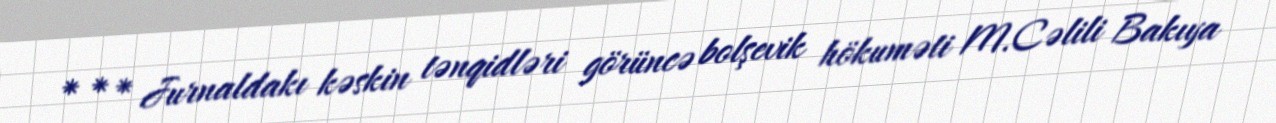
* * * Jurnaldakı kəskin tənqidləri görüncə bolşevik hökuməti M.Cəlili Bakıya